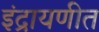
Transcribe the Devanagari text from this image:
इंद्रायणीत